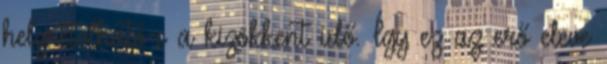
helyretolható-e a kizökkent idő. Így ez az erő eleve